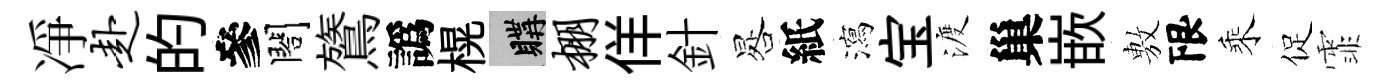
凈赴的參閤鷟譌榥購棚佯針晷紙瀉宝渡巢嵌𢾾限乘促霏